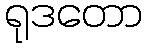
ရုဒတော